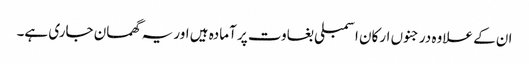
ان کے علاوہ درجنوں ارکان اسمبلی بغاوت پر آمادہ ہیں اور یہ گھمسان جاری ہے۔